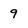
Character: 9